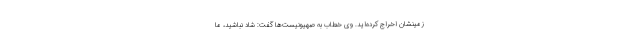
زمینشان اخراج کرده‌اید. وی خطاب به صهیونیست‌ها گفت: شاد نباشید، ما